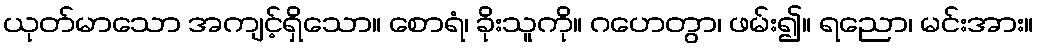
ယုတ်မာသော အကျင့်ရှိသော။ စောရံ၊ ခိုးသူကို။ ဂဟေတွာ၊ ဖမ်း၍။ ရညော၊ မင်းအား။